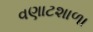
વણાટશાળા